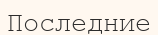
Последние